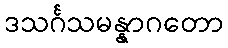
ဒသင်္ဂသမန္နာဂတော